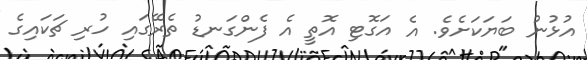
އުޅުނު ބަޔަކަށެވެ. އެ އަގޮޓި އޮތީ އެ ފެންގަނޑު ތެރޭގައި ހުރި ޗަކައިގެ